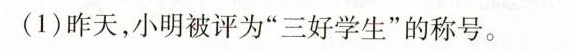
(1)昨天，小明被评为”三好学生”的称号。